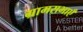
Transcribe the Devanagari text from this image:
ग्रामसभाएँ